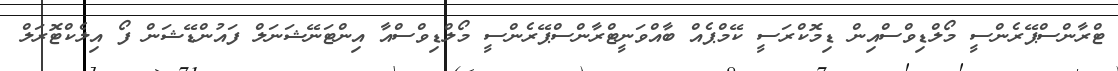
ޓްރާންސްޕޭރެންސީ މޯލްޑިވްސްއިން ޑިމޮކްރަސީ ކޭމްޕެއް ބާއްވަނީޓްރާންސްޕޭރެންސީ މޯލްޑިވްސްއާ އިންޓަނޭޝަނަލް ފައުންޑޭޝަން ފޯ އިލެކްޓޮރަލް